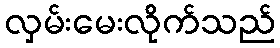
လှမ်းမေးလိုက်သည်